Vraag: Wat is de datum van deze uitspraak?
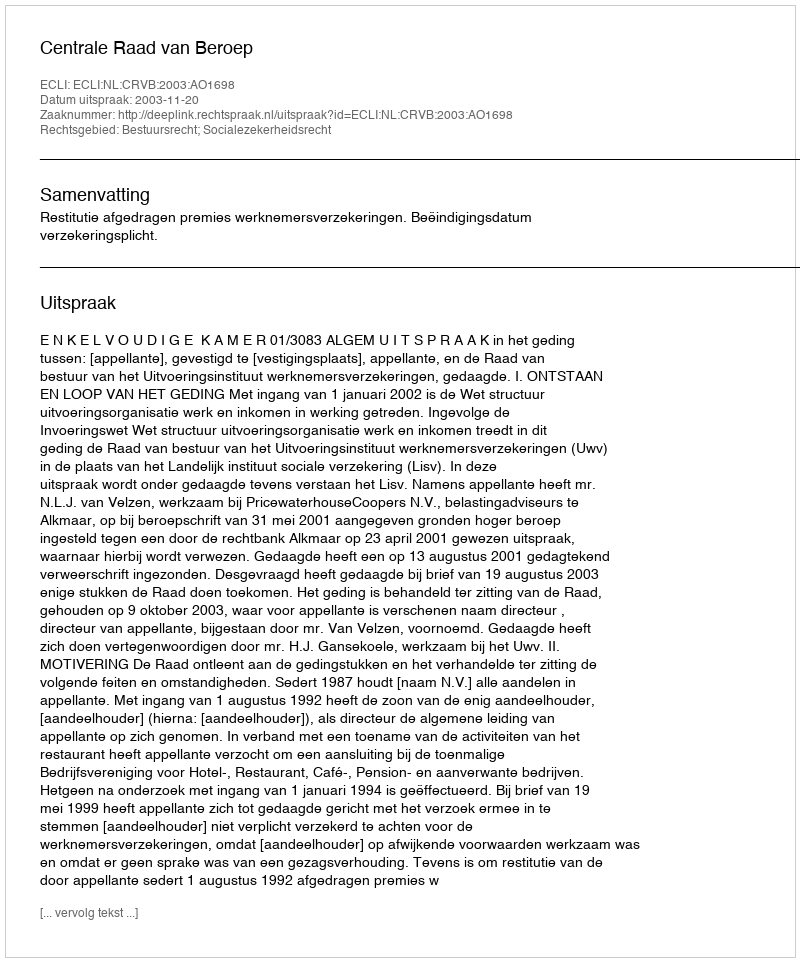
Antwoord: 2003-11-20